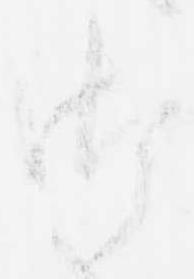
御